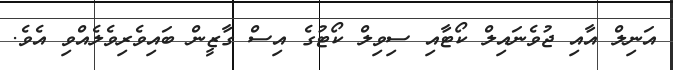
އަނިލް އާއި ޖުވެނައިލް ކޯޓާއި ސިވިލް ކޯޓުގެ އިސް ގާޒީން ބައިވެރިވެލެއްވި އެވެ.